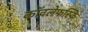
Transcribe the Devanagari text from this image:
कॉवलेफस्कि